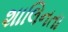
શાલિનતા